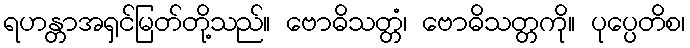
ရဟန္တာအရှင်မြတ်တို့သည်။ ဗောဓိသတ္တံ၊ ဗောဓိသတ္တကို။ ပုပ္ပေတိစ၊